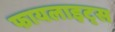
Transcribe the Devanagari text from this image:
फायलाइट्स